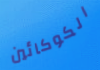
الكوكائين